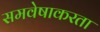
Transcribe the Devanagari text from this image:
समवेषाकरता